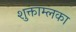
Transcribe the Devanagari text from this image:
शुक्ताम्लका